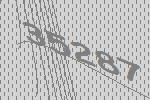
35287